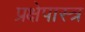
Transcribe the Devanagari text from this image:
प्रक्षेपास्‍त्र